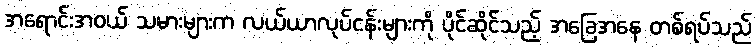
အရောင်းအဝယ် သမားများက လယ်ယာလုပ်ငန်းများကို ပိုင်ဆိုင်သည့် အခြေအနေ တစ်ရပ်သည်